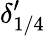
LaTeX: \delta_{1/4}^{\prime}